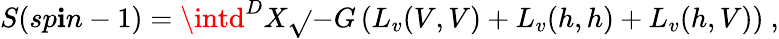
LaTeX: S(sp\mathbf{i}n-1)=\intd^{D}X\sqrt{}{{-G}}\left(L_{v}(V,V)+L_{v}(h,h)+L_{v}(h,V)\right)~,